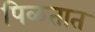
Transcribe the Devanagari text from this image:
पिळतात